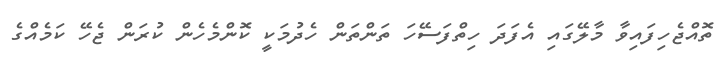
ތޮއްޖެހިފައިވާ މާލޭގައި އެފަދަ ހިތްފަސޭހަ ތަންތަން ހެދުމަކީ ކޮންމެހެން ކުރަން ޖެހޭ ކަމެއްގެ